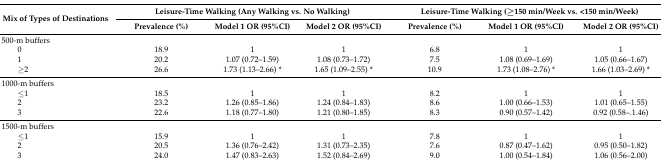
| <ROWSPAN=2> Mix of Types of Destinations | <COLSPAN=3> Leisure-Time Walking (Any Walking vs. No Walking) | <COLSPAN=3> Leisure-Time Walking (≥150 min/Week vs. <150 min/Week) |
 | Prevalence (%) | Model 1 OR (95%CI) | Model 2 OR (95%CI) | Prevalence (%) | Model 1 OR (95%CI) | Model 2 OR (95%CI) |
 | --- | --- | --- | --- | --- | --- | --- |
 | 500-m buffers |  |  |  |  |  |  |
 | 0 | 18.9 | 1 | 1 | 6.8 | 1 | 1 |
 | 1 | 20.2 | 1.07 (0.72–1.59) | 1.08 (0.73–1.72) | 7.5 | 1.08 (0.69–1.69) | 1.05 (0.66–1.67) |
 | ≥2 | 26.6 | 1.73 (1.13–2.66) * | 1.65 (1.09–2.55) * | 10.9 | 1.73 (1.08–2.76) * | 1.66 (1.03–2.69) * |
 | 1000-m buffers |  |  |  |  |  |  |
 | ≤1 | 18.5 | 1 | 1 | 8.2 | 1 | 1 |
 | 2 | 23.2 | 1.26 (0.85–1.86) | 1.24 (0.84–1.83) | 8.6 | 1.00 (0.66–1.53) | 1.01 (0.65–1.55) |
 | 3 | 22.6 | 1.18 (0.77–1.80) | 1.21 (0.80–1.85) | 8.3 | 0.90 (0.57–1.42) | 0.92 (0.58–.1.46) |
 | 1500-m buffers |  |  |  |  |  |  |
 | ≤1 | 15.9 | 1 | 1 | 7.8 | 1 | 1 |
 | 2 | 20.5 | 1.36 (0.76–2.42) | 1.31 (0.73–2.35) | 7.6 | 0.87 (0.47–1.62) | 0.95 (0.50–1.82) |
 | 3 | 24.0 | 1.47 (0.83–2.63) | 1.52 (0.84–2.69) | 9.0 | 1.00 (0.54–1.84) | 1.06 (0.56–2.00) |